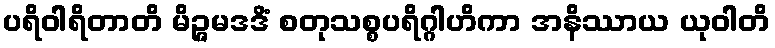
ပရိဝါရိတာတိ မိဉ္ဇမဒဒိံ စတုသစ္စပရိဂ္ဂါဟိကာ အနိဿာယ ယုဝါတိ